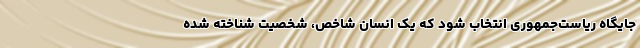
جایگاه ریاست‌جمهوری انتخاب شود که یک انسان شاخص، شخصیت شناخته شده